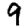
Digit: 9